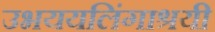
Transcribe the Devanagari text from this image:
उभययलिंगाश्रयी